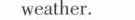
weather.